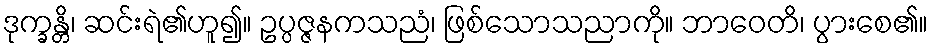
ဒုက္ခန္တိ၊ ဆင်းရဲ၏ဟူ၍။ ဥပ္ပဇ္ဇနကသညံ၊ ဖြစ်သောသညာကို။ ဘာဝေတိ၊ ပွားစေ၏။